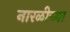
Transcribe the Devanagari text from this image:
नारळीच्या